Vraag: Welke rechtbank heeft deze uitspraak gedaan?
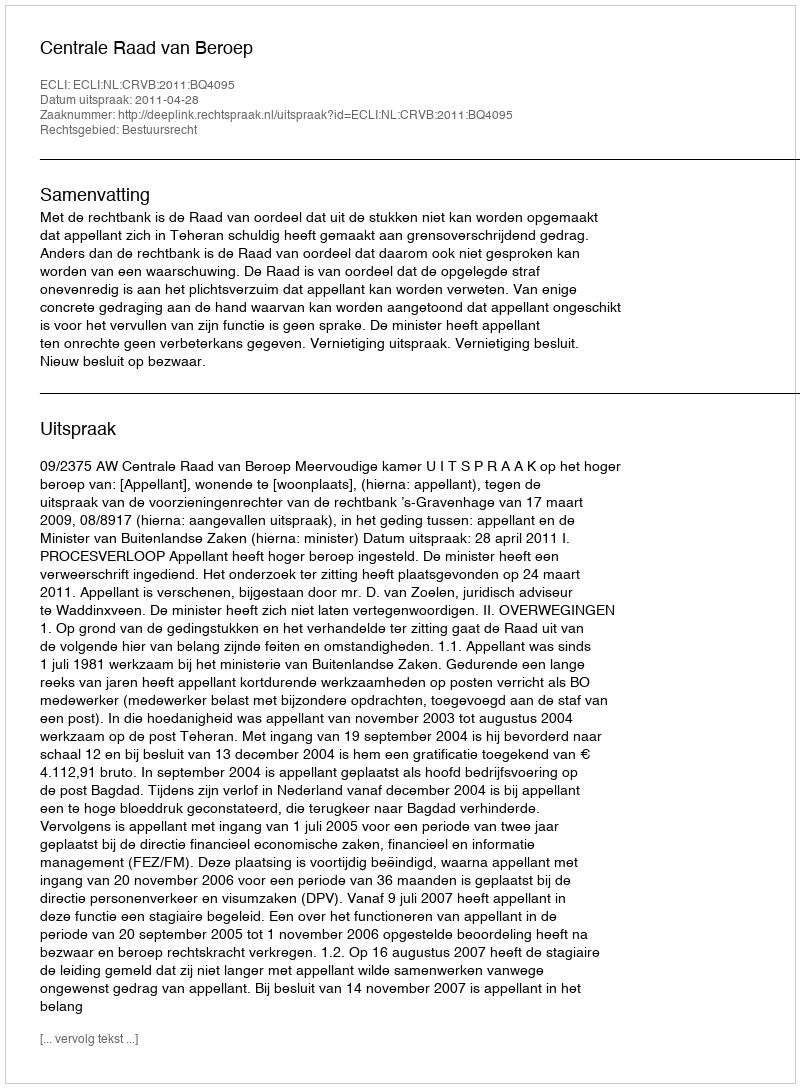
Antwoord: Centrale Raad van Beroep